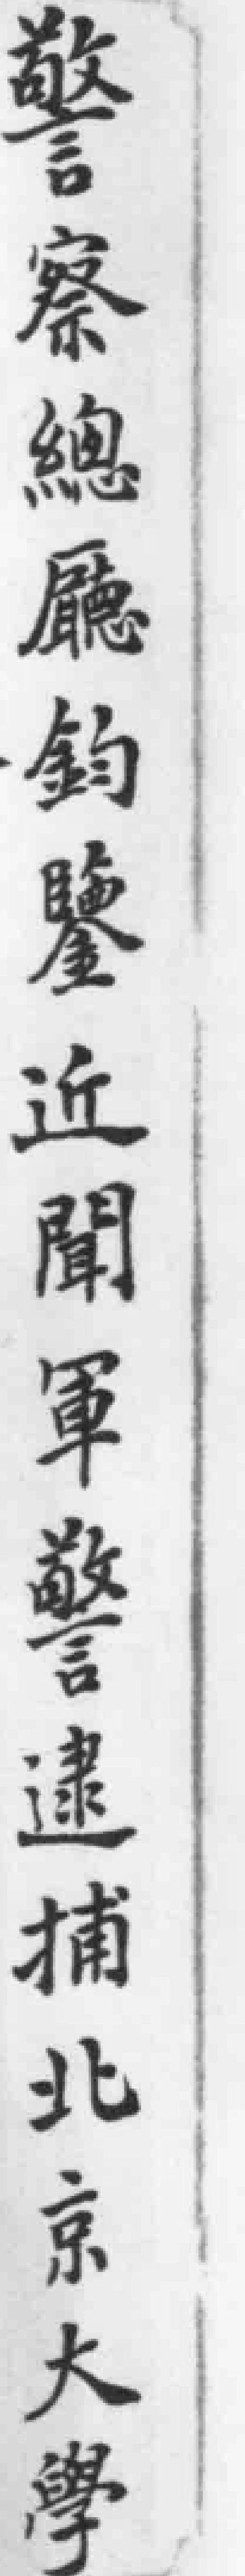
警察總廳鈞鑒近聞軍警逮捕北京大學